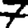
Digit: 7